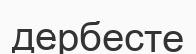
дербесте